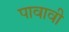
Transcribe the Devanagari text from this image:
पावावी